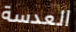
العدسة